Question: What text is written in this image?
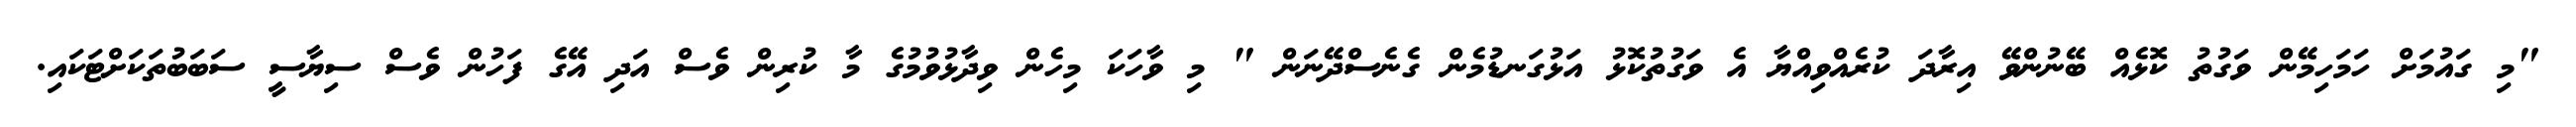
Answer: "މި ގައުމަށް ހަމަހިމޭން ވަގުތު ކޮޅެއް ބޭނުންވޭ އިރާދަ ކުރެއްވިއްޔާ އެ ވަގުތުކޮޅު އަޅުގަނޑުމެން ގެނެސްދޭނަން " މި ވާހަކަ މިހެން ވިދާޅުވުމުގެ މާ ކުރިން ވެސް އަދި އޭގެ ފަހުން ވެސް ސިޔާސީ ސަބަބުތަކަށްޓަކައި.